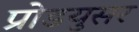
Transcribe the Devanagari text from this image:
प्रोडयुसर